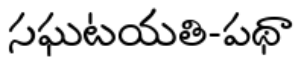
సఘటయతి-పథా